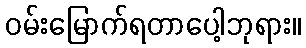
ဝမ်းမြောက်ရတာပေါ့ဘုရား။